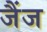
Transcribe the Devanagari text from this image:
जैंज